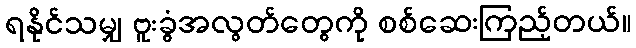
ရနိုင်သမျှ ဗူးခွံအလွတ်တွေကို စစ်ဆေးကြည့်တယ်။